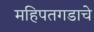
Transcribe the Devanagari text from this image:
महिपतगडाचे